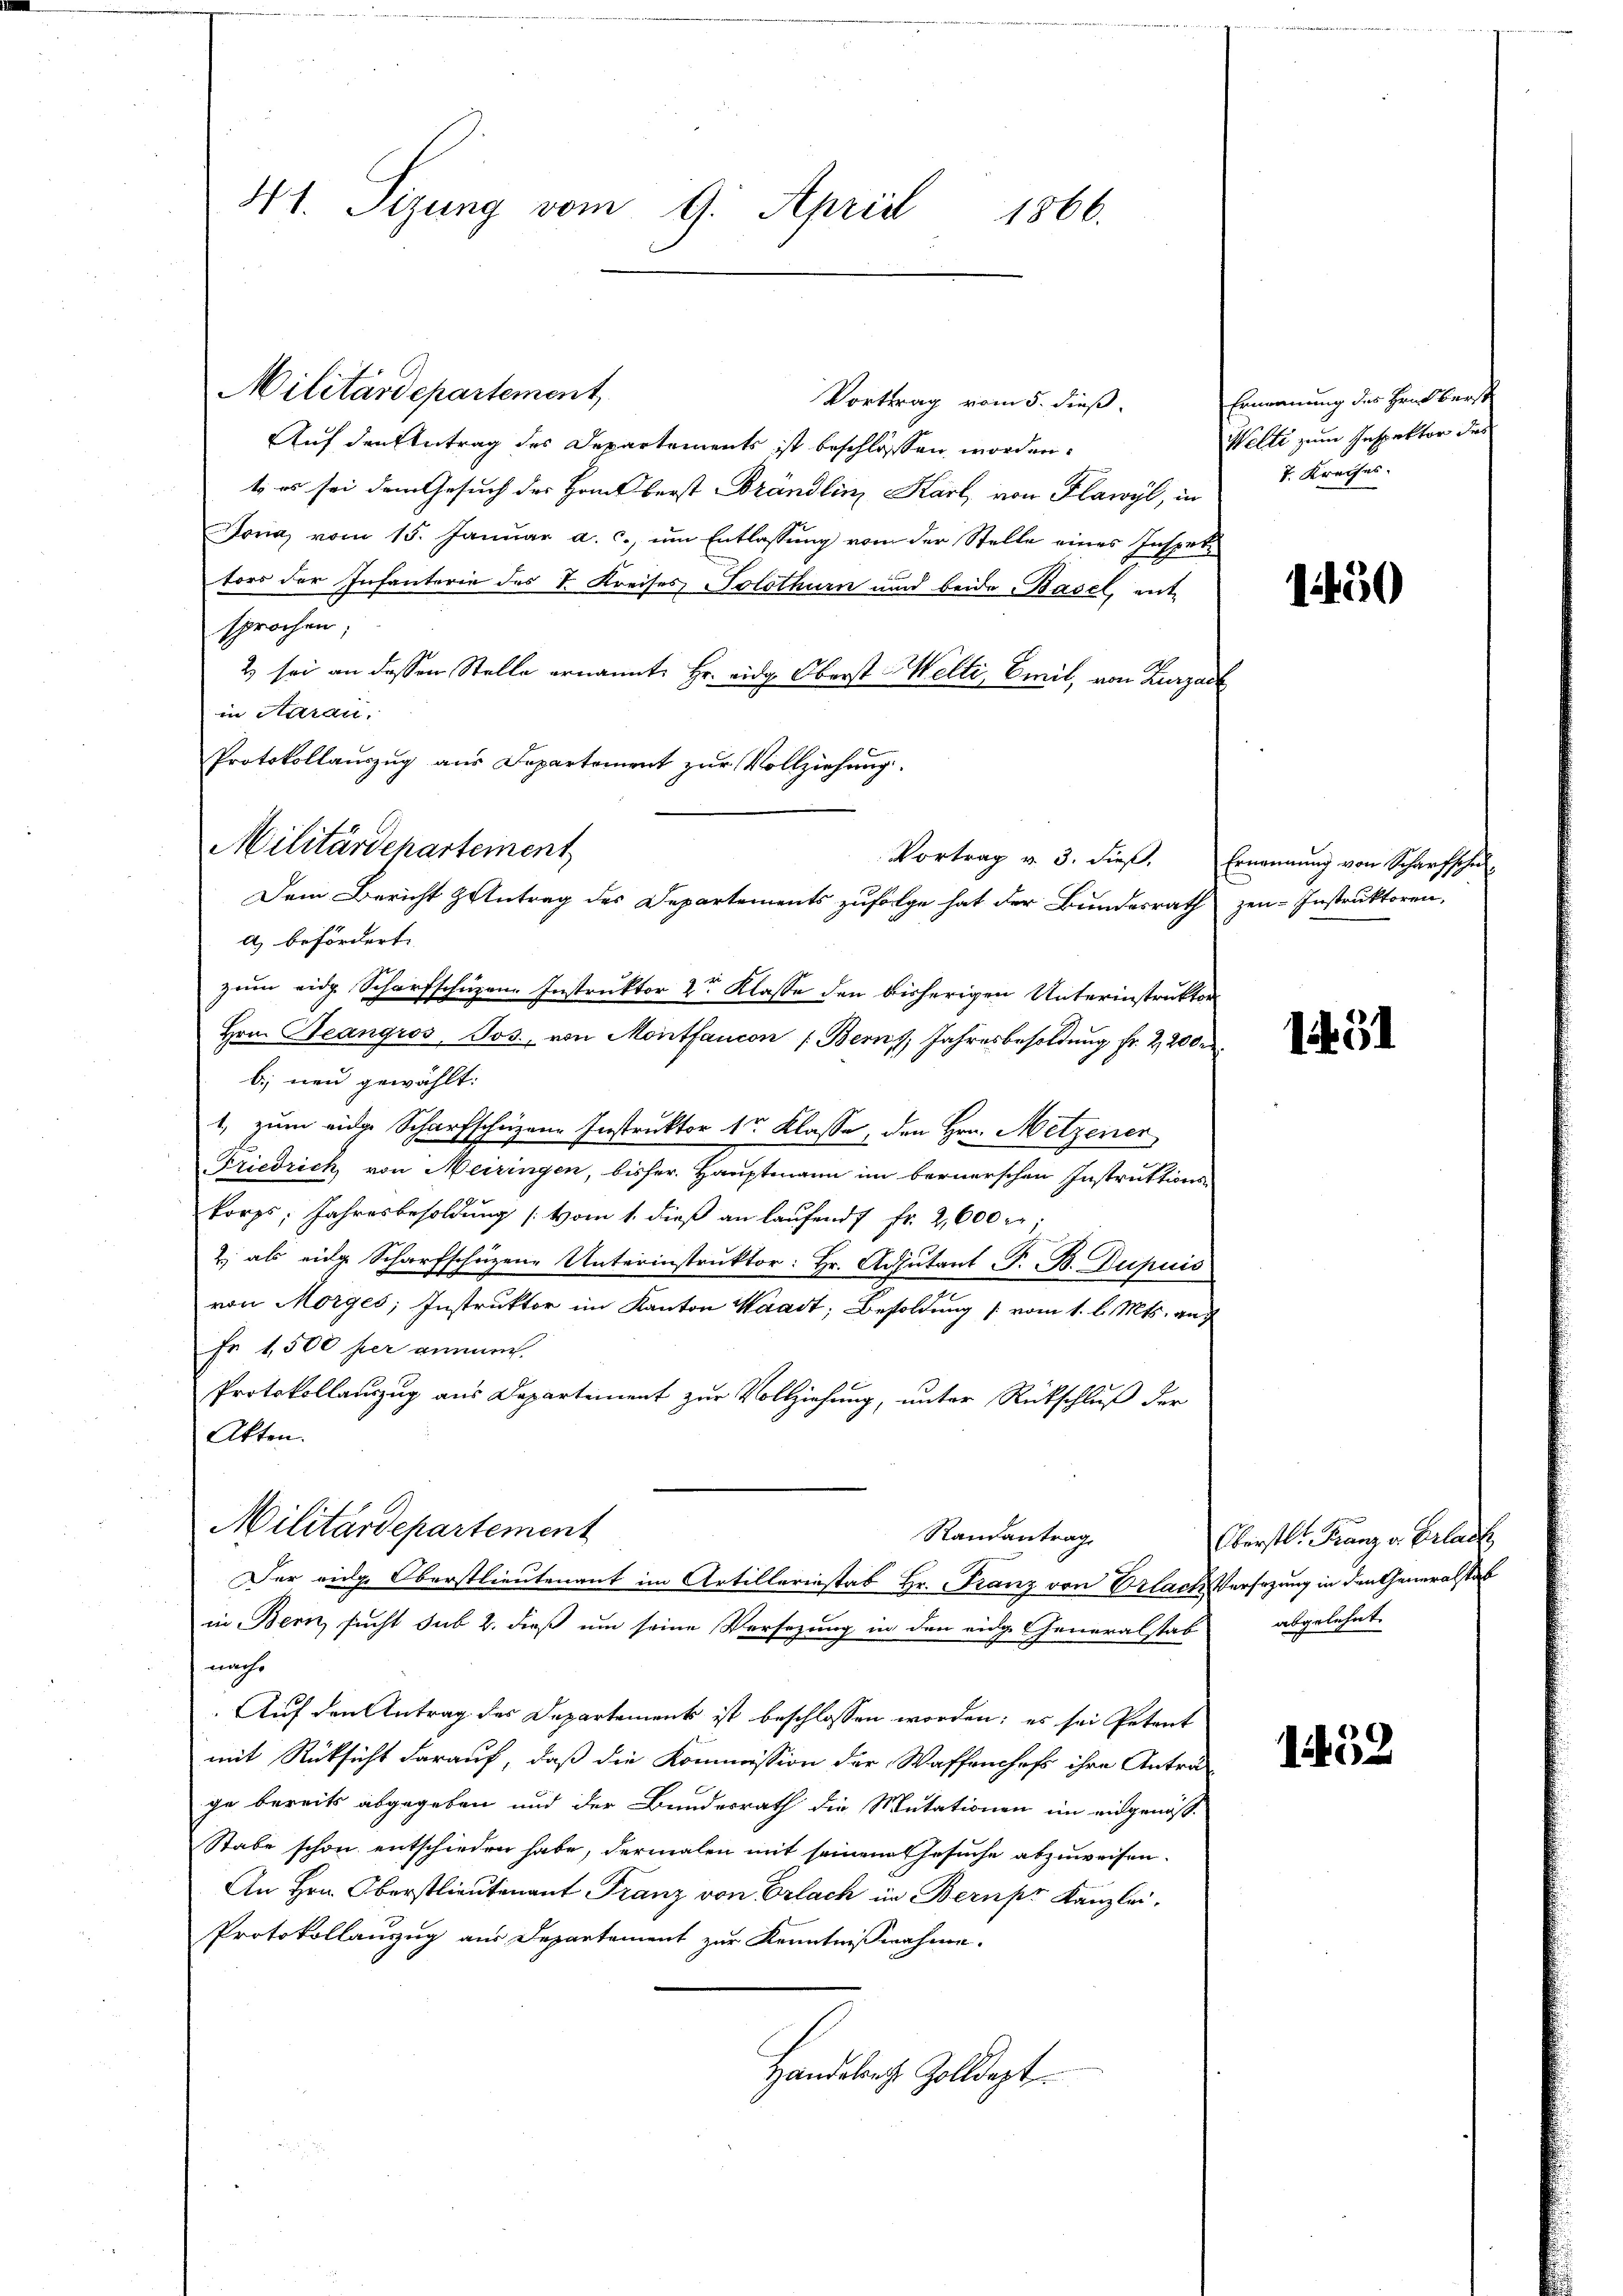
41. Sizung vom 9. April 1866.

Militärdepartement
Vorttrag vom 5. dieß
Auf den Antrag des Departements ist beschlossen worden.
t es sei dem Gesuch der Haus berst Brändlin, Karl, von Flawyl, in
Jona vom 15. Janŭar a. c. ŭm Entlassŭng von der Stelle eines Inspet
tors der Infanterie des I. Kreises Solothurn und beide Basel, ent-
Eige
2 sei an dessen Stelle ernannt, Hr. eidg. Oberst Welti, Emil, von Zurzach
in Aarau
Protokollauszug aus Departement zur Vollziehung.
a) befördert.
zem eidg. Scharfschüzen Instruktor 2r Klasse den bisherigen Unterinstruktor
Hrn. Beangros, Jos. von Montfaucon (Berns, Jahresbesoldung fr. 2,200
b) neu gewählt:
1, zum eidge Scharfschüzene Instruktor 1r Klasse, den Hrn. Metzener
Friedrich von Meiringen, bisher Hauptmann im bernerschen Instruktions-
korps: Jahresbesoldung [vom 1. dieß an laufend fr. 2,600 r
2 als eidge Scharfschüzene Unterinstruktor: Hr. Adjutant P. B. Dupuis
von Morges, Instruktor im Kanton Waadt, Besoldung (vom 1. l. Mts. auf
Fr. 1,500 her annauch.
Protokollauszug aus Departement zur Vollziehung, unter Rückschluß der
Akten.
Militärdepartement
Randantrag
Der eidg. Oberstlieutenant im Artillerinstab Hr. Franz von Erlach Versezung in den Generalstab
in Bern, sucht sub 2. dieß um seine Versezung in den eidge Generalstab
mache
Auf den Antrag des Departement ist beschlossen worden; es sei Petent
mit Rücksicht darauf, daß die Kommission der Waffenchaft ihre Antra-
ge bereits abgegeben und der Bundesrath die Mutationen im eidgenös-
Stabe schon entschieden habe, dermalen mit seinem Gesuche abzuweisen.
An Hrn. Oberstlieutenant Franz von Erlach im Bern pr Kanzlei.
Protokollanzug aus Departement zur Kenntnißnahme.
Handesrath Zolldept.

Militärdepartement

Vortrag v. 3. dieβ. Ernennung von Scharfschu
Dem Bericht & Antrag des Departements zufolge hat der Bundesrath zen-Instruktoren,

Ernennung des Hrn. Berst
Welti zum Inspektor dies
7. Kreises.

1450

1451

Oberstl. Franz v. Erlach
abgelehnt.

152